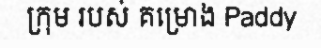
ក្រុម របស់ គម្រោង Paddy